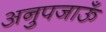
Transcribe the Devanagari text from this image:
अनुपजाऊँ